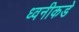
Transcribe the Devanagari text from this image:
ध्वनीकडे